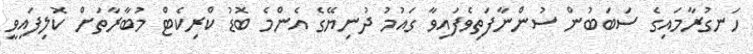
ހަނގުރާމައިގެ ސަބަބުން ސުންނާފަތިވެފައިވާ ގައުމު ދުނިޔޭގެ އެންމެ ބޮޑު ކްރިކެޓް މުބާރާތަށް ކޮލިފައިވީ